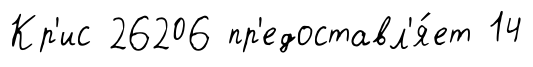
Кр'ис 26206 пр'едоставл'я́ет 14